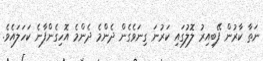
ނަތާ ކާރުން ފޭބިއިރު ލޮލުގައި ކަރުނަ ގިނަވެގެން ދެންމެ ދެންމެ އޮހިގެންފާނެ ކަހަލައެވެ.